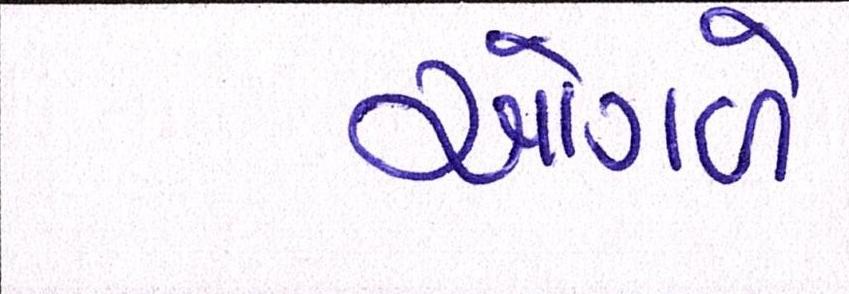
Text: ઓગળે